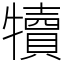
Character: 犢